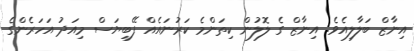
އިނާޒް ބަލާލިއެވެ. އިނާޒް ގެ ލޮލުން ކިތަންމެ ކަރުނައެއް ފޭބިޔަސް މިއަދު އަހަރެންގެ